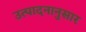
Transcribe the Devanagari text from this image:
उत्पादनानुसार